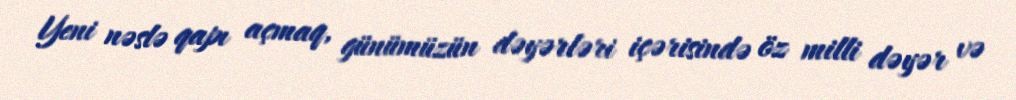
Yeni nəslə qapı açmaq, günümüzün dəyərləri içərisində öz milli dəyər və